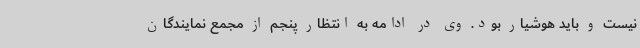
نیست و باید هوشیار بود. وی در ادامه به انتظار پنجم از مجمع نمایندگان